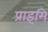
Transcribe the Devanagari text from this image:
प्राइमि